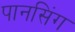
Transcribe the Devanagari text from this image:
पानसिंग